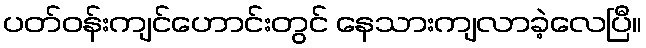
ပတ်ဝန်းကျင်ဟောင်းတွင် နေသားကျလာခဲ့လေပြီ။